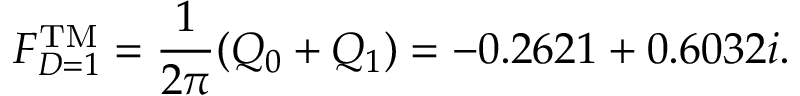
F _ { D = 1 } ^ { \mathrm { T M } } = { \frac { 1 } { 2 \pi } } ( Q _ { 0 } + Q _ { 1 } ) = - 0 . 2 6 2 1 + 0 . 6 0 3 2 i .